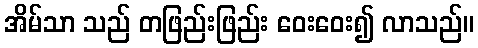
အိမ်သာ သည် တဖြည်းဖြည်း ဝေးဝေး၍ လာသည်။